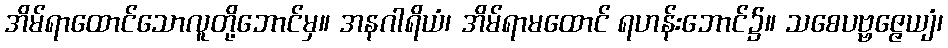
အိမ်ရာထောင်သောလူတို့ဘောင်မှ။ အနဂါရိယံ၊ အိမ်ရာမထောင် ရဟန်းဘောင်၌။ သစေပဗ္ဗဇ္ဇေယျံ၊